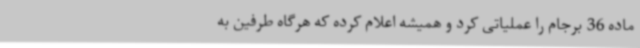
ماده 36 برجام را عملیاتی کرد و همیشه اعلام کرده که هرگاه طرفین به